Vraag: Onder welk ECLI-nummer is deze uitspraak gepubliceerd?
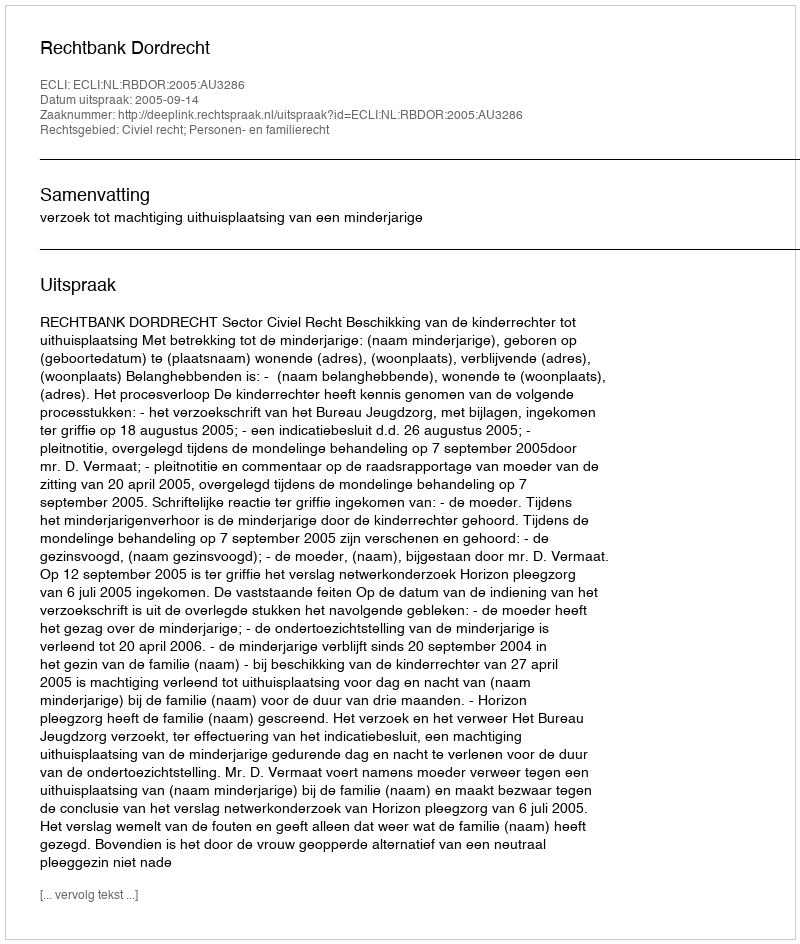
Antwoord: ECLI:NL:RBDOR:2005:AU3286